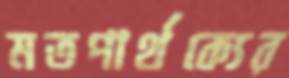
মতপার্থক্যের